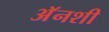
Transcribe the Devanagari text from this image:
अॅनशी